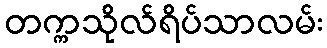
တက္ကသိုလ်ရိပ်သာလမ်း